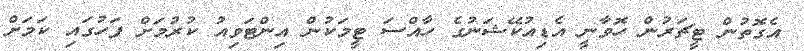
އެގޮތުން ޓީޗަރުން ހޮވާނީ އެޑިއުކޭޝަނުގެ ހާއްސަ ޓީމަކުން އިންޓަވިއު ކުރުމަށް ފަހުގައި ކަމަށް